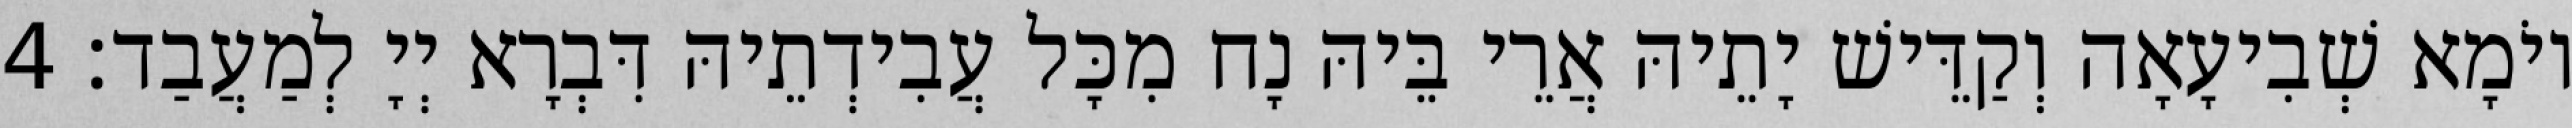
יוֹמָא שְׁבִיעָאָה וְקַדֵּישׁ יָתֵיהּ אֲרֵי בֵּיהּ נָח מִכָּל עֲבִידְתֵיהּ דִּבְרָא יְיָ לְמַעֲבַד׃ 4